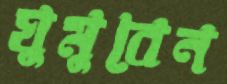
ঘুমুবেন